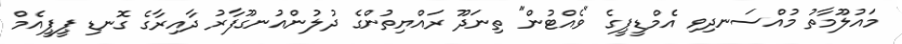
މައުލޫމާތު މުއްސަނދިވި އެމްޑީޕީގެ "ވެއްޓުން" ތިނަދޫ ރައްޔިތުންގެ ދުލުންއުނގޫފާރު ދާއިރާގެ ގޮނޑި ޕީޕީއެމް